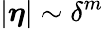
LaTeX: |\boldsymbol{\eta}|\sim\delta^{m}